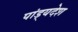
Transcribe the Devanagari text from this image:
पांड्यदेश